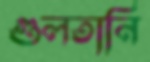
গুলতানি